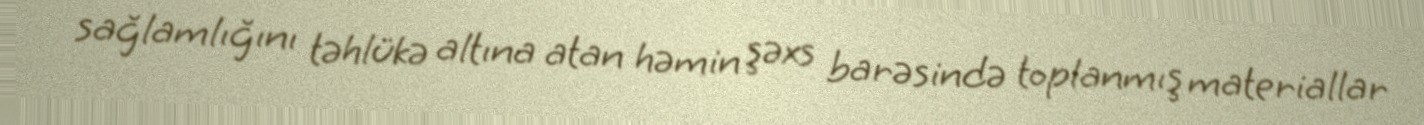
sağlamlığını təhlükə altına atan həmin şəxs barəsində toplanmış materiallar